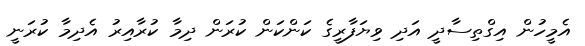
އެމީހުން އިގްތިސާދީ އަދި ވިޔަފާރީގެ ކަންކަން ކުރަން ދިމާ ކުރާއިރު އެދިމާ ކުރަނީ